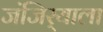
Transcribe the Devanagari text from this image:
जंजिर्‍याला